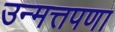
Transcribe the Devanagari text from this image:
उन्मत्तपणा